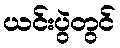
ယင်းပွဲတွင်